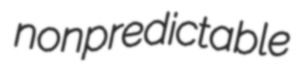
nonpredictable